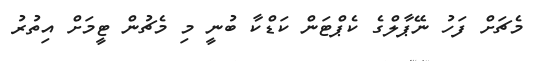
މެޗަށް ފަހު ނޭޕާލްގެ ކެޕްޓަން ކަޑްކާ ބުނީ މި މެޗުން ޓީމަށް އިތުރު